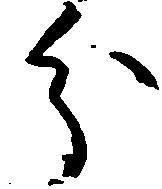
分